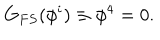
G _ { F S } ( \phi ^ { i } ) \equiv \phi ^ { 4 } = 0 .